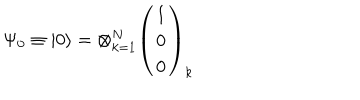
\Psi _ { 0 } \equiv \left| 0 \right\rangle = \otimes _ { k = 1 } ^ { N } \left( \begin{array} { l } { { 1 } } \\ { { 0 } } \\ { { 0 } } \\ \end{array} \right) _ { k }